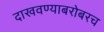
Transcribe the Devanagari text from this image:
दाखवण्याबरोबरच